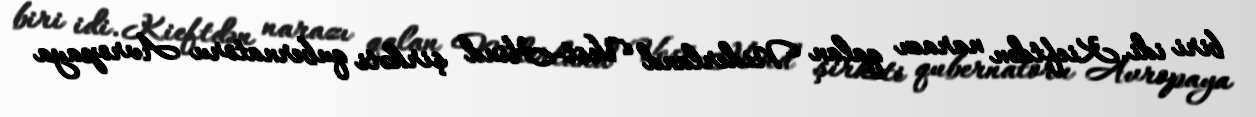
biri idi. Kieftdən narazı qalan Niderland Vest-Hind şirkəti qubernatoru Avropaya